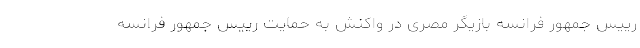
رییس جمهور فرانسه بازیگر مصری در واکنش به حمایت رییس جمهور فرانسه